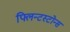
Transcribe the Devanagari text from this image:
फ्लिन्टस्टोन्स